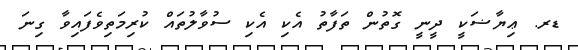
ޑރ. ޢިޔާޟަކީ ދީނީ ގޮތުން ތަފާތު އެކި އެކި ސުވާލުތައް ކުރިމަތިވެފައިވާ ގިނަ